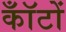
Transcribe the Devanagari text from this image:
कॉँटों